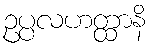
ဥပ္ပလဟတ္ထာနိ